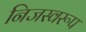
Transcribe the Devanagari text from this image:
निजस्वरूप